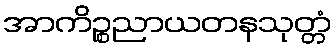
အာကိဉ္စညာယတနသုတ္တံ